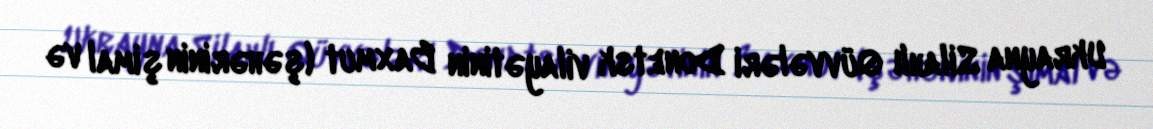
Ukrayna Silahlı Qüvvələri Donetsk vilayətinin Baxmut (şəhərinin şimal və